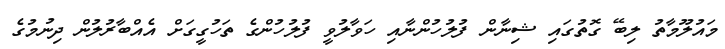
މައުލޫމާތު ލިބޭ ގޮތުގައި ޝިނާން ފުލުހުންނާއި ހަވާލުވީ ފުލުހުންގެ ތަހުގީގަށް އެއްބާރުލުން ދިނުމުގެ